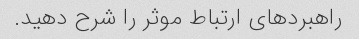
راهبردهای ارتباط موثر را شرح دهید.